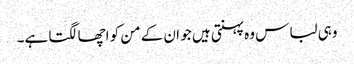
وہی لباس وہ پہنتی ہیں جو ان کے من کو اچھا لگتا ہے۔